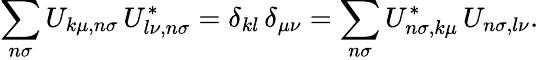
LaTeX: \sum_{n\sigma}U_{k\mu,n\sigma}\, U_{l\nu,n\sigma}^{*}=\delta_{kl}\, \delta_{\mu\nu}=\sum_{n\sigma}U_{n\sigma,k\mu}^{*}\, U_{n\sigma,l\nu}.